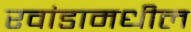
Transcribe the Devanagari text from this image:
रवांडामधील